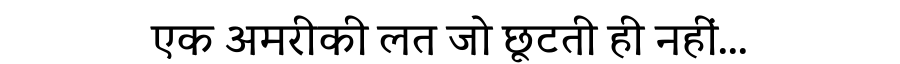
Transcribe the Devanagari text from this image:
एक अमरीकी लत जो छूटती ही नहीं...